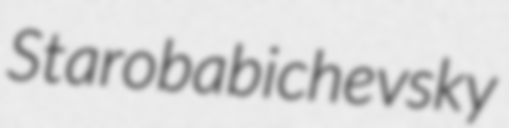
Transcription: Starobabichevsky